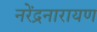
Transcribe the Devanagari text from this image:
नरेंद्रनारायण